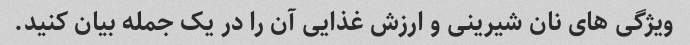
ویژگی های نان شیرینی و ارزش غذایی آن را در یک جمله بیان کنید.